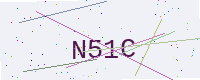
Text: N51C